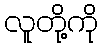
လူတို့ကို